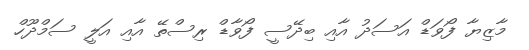
މާޒިޔާ ފޯވަޑް އަސަދު އާއި ބިދޭސީ ފޯވާޑް ރިސްތޭ އާއި އަލީ ސަމްދޫހް